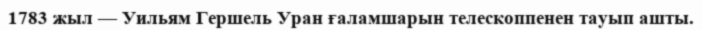
1783 жыл — Уильям Гершель Уран ғаламшарын телескоппенен тауып ашты.